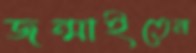
জন্মাইতেন